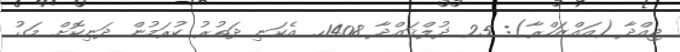
ޖިއްދާ (އައްޒަހްރާ): 25 ޛުލްޤަޢްދާ 1408ހ އެކަނި ދަތުރު ކުރަމުން ދަނިކޮށް މަގު